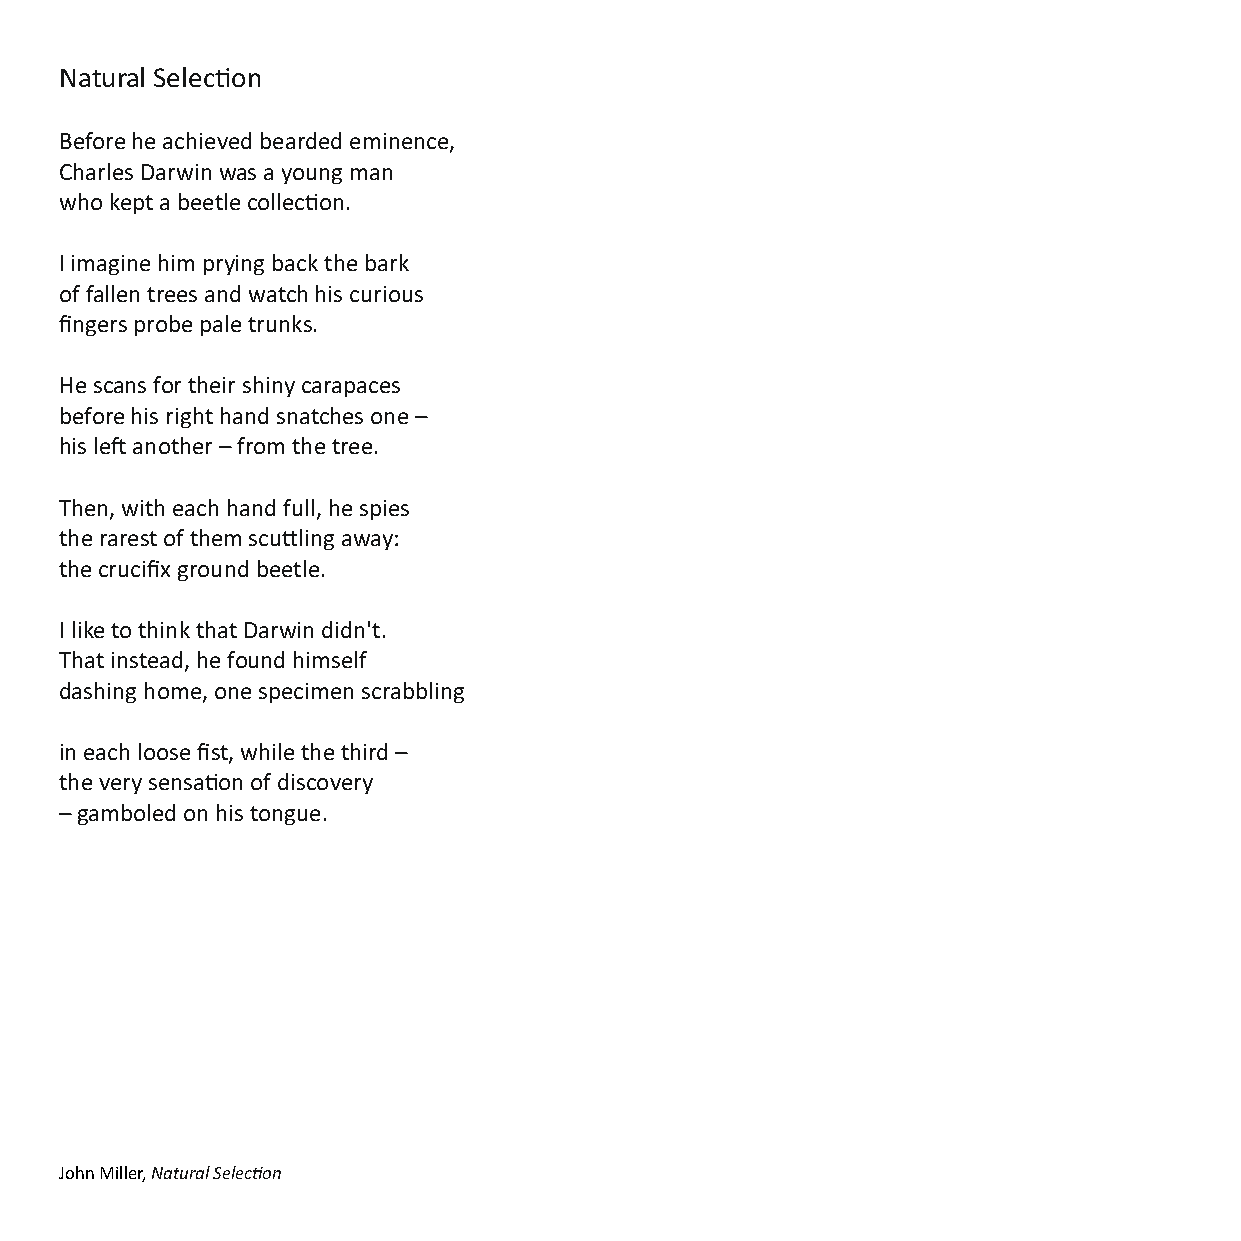
Natural Selecon
 Before he achieved bearded eminence,
 Charles Darwin was a young man
 who kept a beetle collecon.
 I imagine him prying back the bark
 of fallen trees and watch his curious
 fingers probe pale trunks.
 He scans for their shiny carapaces
 before his right hand snatches one –
 his le another – from the tree.
 Then, with each hand full, he spies
 the rarest of them sculing away:
 the crucifix ground beetle.
 I like to think that Darwin didn't.
 That instead, he found himself
 dashing home, one specimen scrabbling
 in each loose fist, while the third –
 the very sensaon of discovery
 – gamboled on his tongue.
 John Miller, Natural Selecon